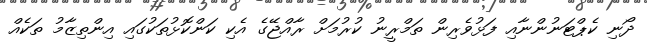
ދޯނި ކެޕްޓަނުންނާއި ފަޅުވެރިން ތަމްރީނު ކުރުމަށް ރާއްޖޭގެ އެކި ކަންކޮޅުތަކުގައި އިންތިޒާމު ތަކެއް